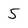
Character: 5